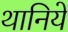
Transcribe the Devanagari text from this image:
थानिये